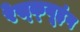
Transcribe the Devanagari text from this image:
रेस्‍क्‍यूइंग